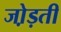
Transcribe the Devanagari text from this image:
जो़ड़ती